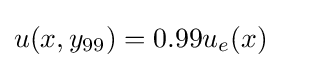
u(x,y_{99})=0.99u_{e}(x)\quad